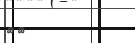
٣٠